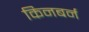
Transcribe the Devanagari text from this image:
किनबर्न